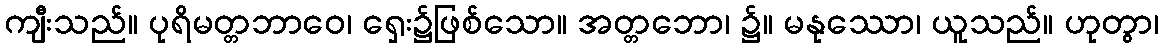
ကျီးသည်။ ပုရိမတ္တဘာဝေ၊ ရှေး၌ဖြစ်သော။ အတ္တဘော၊ ၌။ မနုဿော၊ ယူသည်။ ဟုတွာ၊